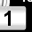
Digit: 1